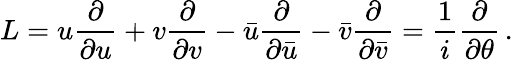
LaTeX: L=u{\frac{\partial}{\partial u}}+v{\frac{\partial}{\partial v}}-\bar{u}{\frac{\partial}{\partial\bar{u}}}-\bar{v}{\frac{\partial}{\partial\bar{v}}}={\frac{1}{i}}{\frac{\partial}{\partial\theta}}\, .